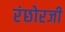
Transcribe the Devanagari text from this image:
रंछोरजी